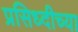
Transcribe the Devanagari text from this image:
प्रसिध्दीच्या